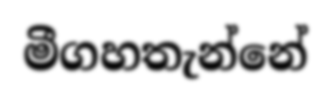
මීගහතැන්නේ